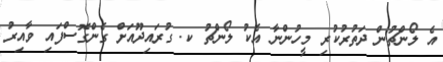
އެ ލޯންޗުން ދަތުރުކުރި މީހުންނާ އެކު ލޯންޗު ކ. ގުރައިދޫއަށް ގެންގޮސްފައި ވާއިރު